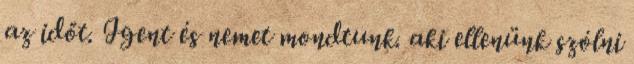
az időt. Igent és nemet mondtunk. aki ellenünk szólni